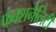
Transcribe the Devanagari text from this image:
फंक्शनैलिटी